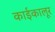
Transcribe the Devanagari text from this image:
काईकालूर